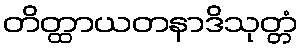
တိတ္ထာယတနာဒိသုတ္တံ